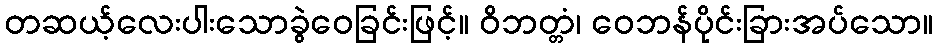
တဆယ့်လေးပါးသောခွဲဝေခြင်းဖြင့်။ ဝိဘတ္တံ၊ ဝေဘန်ပိုင်းခြားအပ်သော။